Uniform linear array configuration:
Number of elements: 12
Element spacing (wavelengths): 0.25
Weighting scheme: hann
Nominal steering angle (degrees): -60
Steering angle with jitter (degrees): -59.422
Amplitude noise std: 0.05
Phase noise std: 0.05

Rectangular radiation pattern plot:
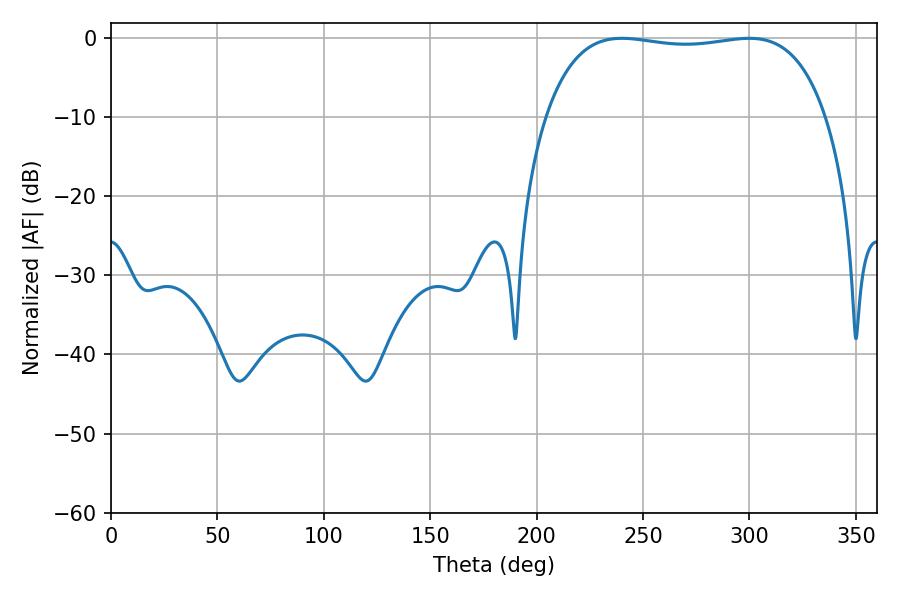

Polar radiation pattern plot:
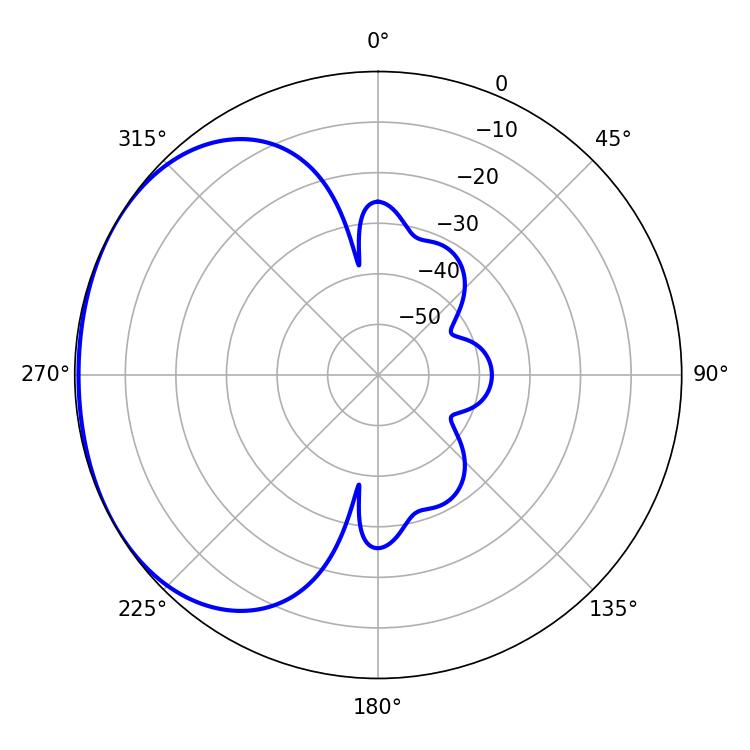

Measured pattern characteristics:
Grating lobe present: FALSE
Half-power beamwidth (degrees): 105.48
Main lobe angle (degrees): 240.12